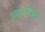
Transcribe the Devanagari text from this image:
झाड़नेवाला